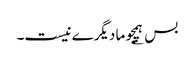
بس ؂ ہمچو ما دیگرے نیست۔